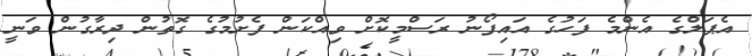
އެޕަލްގެ އެންމެ ފަހުގެ އައިފޯނު ރަސްމީކޮށް ވިއްކަން ފެށުމުގެ ގޮތުން ދިރާގުން ވަނީ